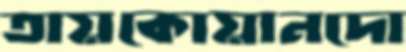
তায়কোয়ানদো